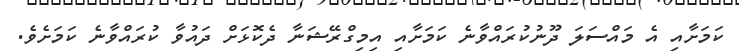
ކަމަށާއި އެ މައްސަލަ ދޫނުކުރައްވާނެ ކަމަށާއި އިމިގްރޭޝަނާ ދެކޮޅަށް ދައުވާ ކުރައްވާނެ ކަމަށެވެ.